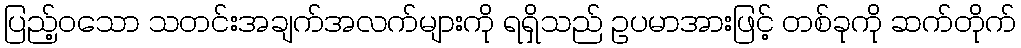
ပြည့်ဝသော သတင်းအချက်အလက်များကို ရရှိသည် ဥပမာအားဖြင့် တစ်ခုကို ဆက်တိုက်